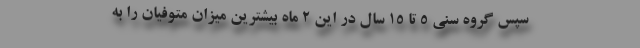
سپس گروه سنی ۵ تا ۱۵ سال در این 2 ماه بیشترین میزان متوفیان را به